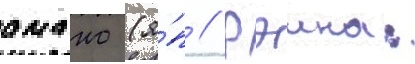
амано (я́п // Рэина: